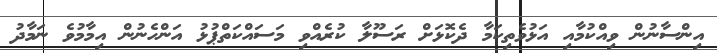
އިންސާނުން ވިއްކުމާއި އަޅުވެތިކަމާ ދެކޮޅަށް ރަސޫލާ ކުރެއްވި މަސައްކަތްޕުޅު އަންހެނުން އިމާމުވެ ނަމާދު